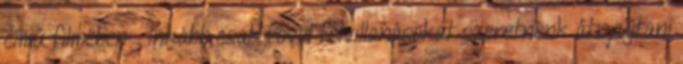
című filmében: . Inkább csak rövid felvillanásokat szeretnénk átnyújtani